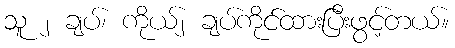
သူ ၂ ချပ်၊ ကိုယ်၂ ချပ်ကိုင်ထားပြီးဖွင့်တယ်။